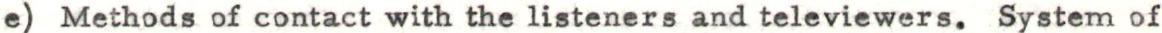
e) Methods of contact with the listeners and televiewers. System of